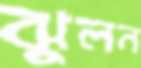
ঝুলন